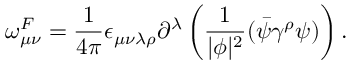
\omega _ { \mu \nu } ^ { F } = \frac { 1 } { 4 \pi } \epsilon _ { \mu \nu \lambda \rho } \partial ^ { \lambda } \left( \frac { 1 } { | \phi | ^ { 2 } } ( \bar { \psi } \gamma ^ { \rho } \psi ) \right) .